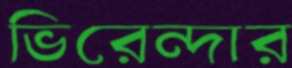
ভিরেন্দার